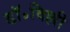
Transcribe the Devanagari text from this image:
डॉ॰विल्ली